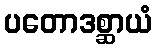
ပတောဒစ္ဆာယံ